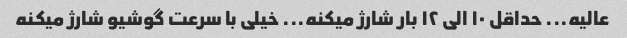
عالیه... حداقل ۱۰ الی ۱۲ بار شارژ میکنه... خیلی با سرعت گوشیو شارژ میکنه